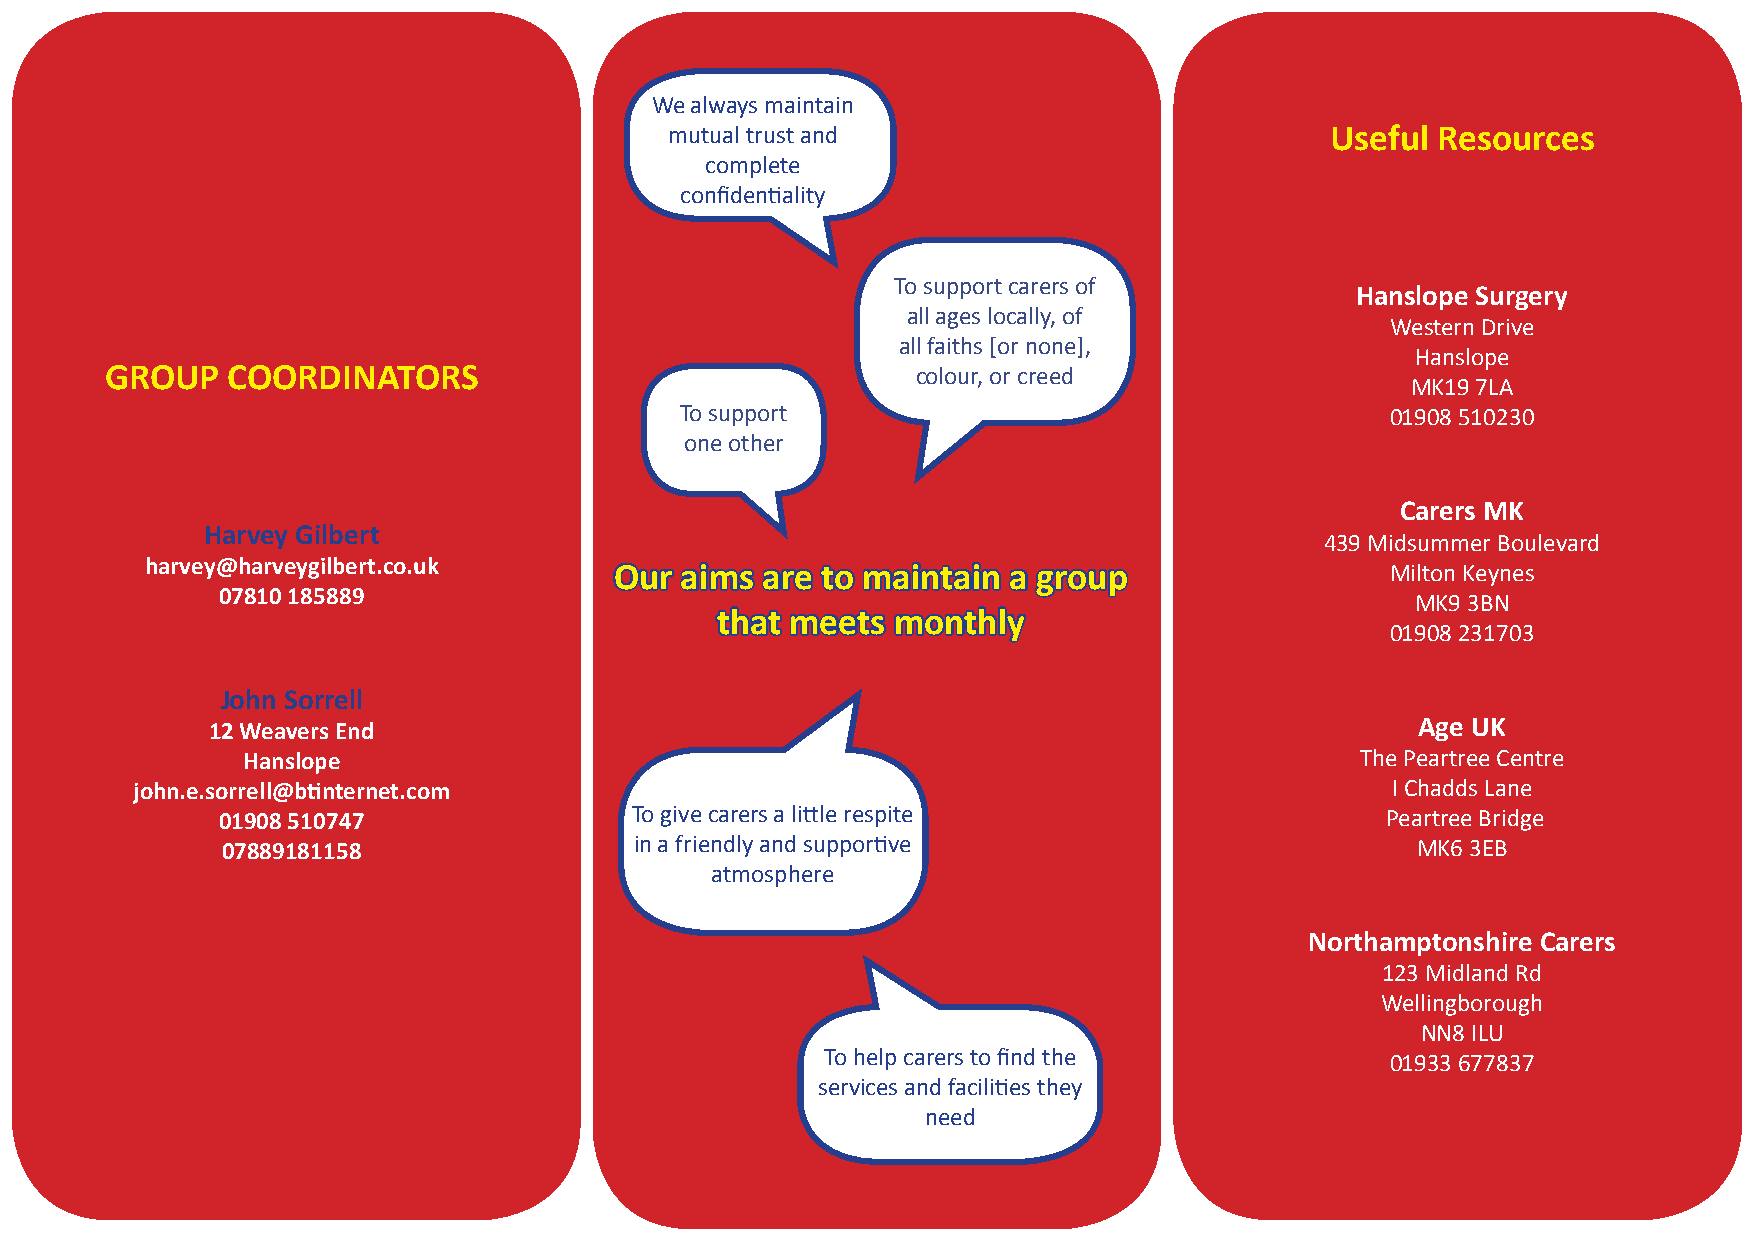
We always maintain
 mutual trust and                            Useful Resources
 complete
 confidentiality
 To support carers of
 Hanslope Surgery
 all ages locally, of
 Western Drive
 all faiths [or none],
 Hanslope
 GROUP   COORDINATORS                                  colour, or creed
 MK19 7LA
 To support                                     01908 510230
 one other
 Carers MK
 Harvey Gilbert
 439 Midsummer Boulevard
 harvey@harveygilbert.co.uk     Our aims are to maintain  a group                  Milton Keynes
 07810 185889
 MK9 3BN
 that meets  monthly
 01908 231703
 John Sorrell
 Age UK
 12 Weavers End
 Hanslope                                                                  The Peartree Centre
 john.e.sorrell@btinternet.com                                                      I Chadds Lane
 01908 510747               To give carers a little respite                   Peartree Bridge
 07889181158                in a friendly and supportive                        MK6 3EB
 atmosphere
 Northamptonshire Carers
 123 Midland Rd
 Wellingborough
 NN8 ILU
 To help carers to find the           01933 677837
 services and facilities they
 need